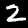
Digit: 2